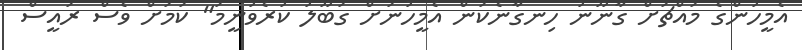
އެމީހުންގެ މައްޗަށް ގާނޫނު ހިނގާނެކަން އެމީހުނަށް ގަބޫލު ކުރެވުނީމަ" ކަމަށް ވެސް ރައީސް